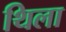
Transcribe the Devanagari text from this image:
थिला